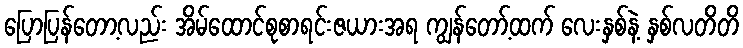
ပြောပြန်တော့လည်း အိမ်ထောင်စုစာရင်းဇယားအရ ကျွန်တော့်ထက် လေးနှစ်နဲ့ နှစ်လတိတိ